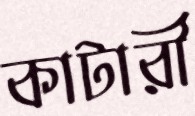
কাটারী